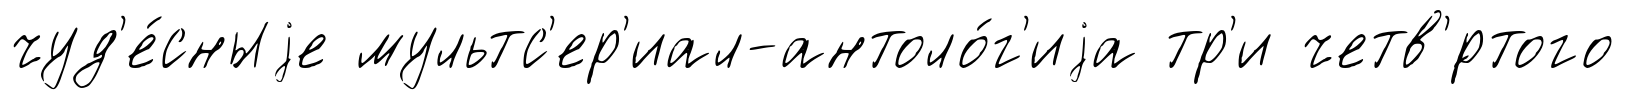
чуд'е́сныjе мультс'ер'иал-антоло́г'иjа тр'и четв'́ртого